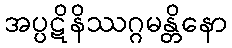
အပ္ပဋိနိဿဂ္ဂမန္တိနော